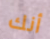
أنك